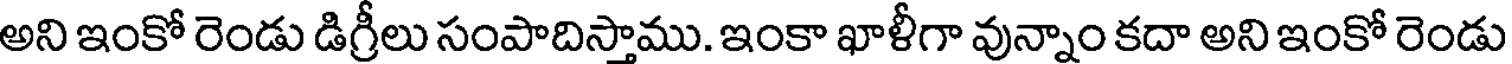
అని ఇంకో రెండు డిగ్రీలు సంపాదిస్తాము. ఇంకా ఖాళీగా వున్నాం కదా అని ఇంకో రెండు